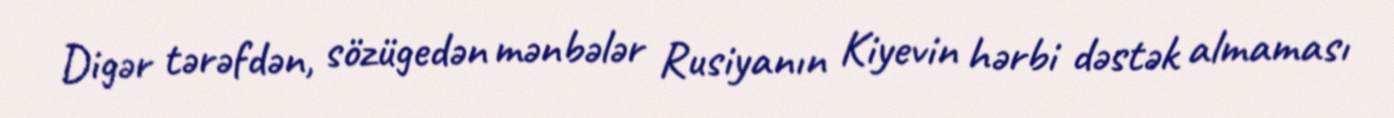
Digər tərəfdən, sözügedən mənbələr Rusiyanın Kiyevin hərbi dəstək almaması